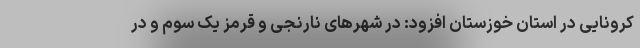
کرونایی در استان خوزستان افزود: در شهرهای نارنجی و قرمز یک سوم و در